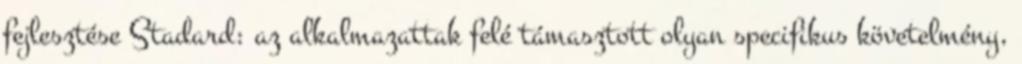
fejlesztése Stadard: az alkalmazattak felé támasztott olyan specifikus követelmény,